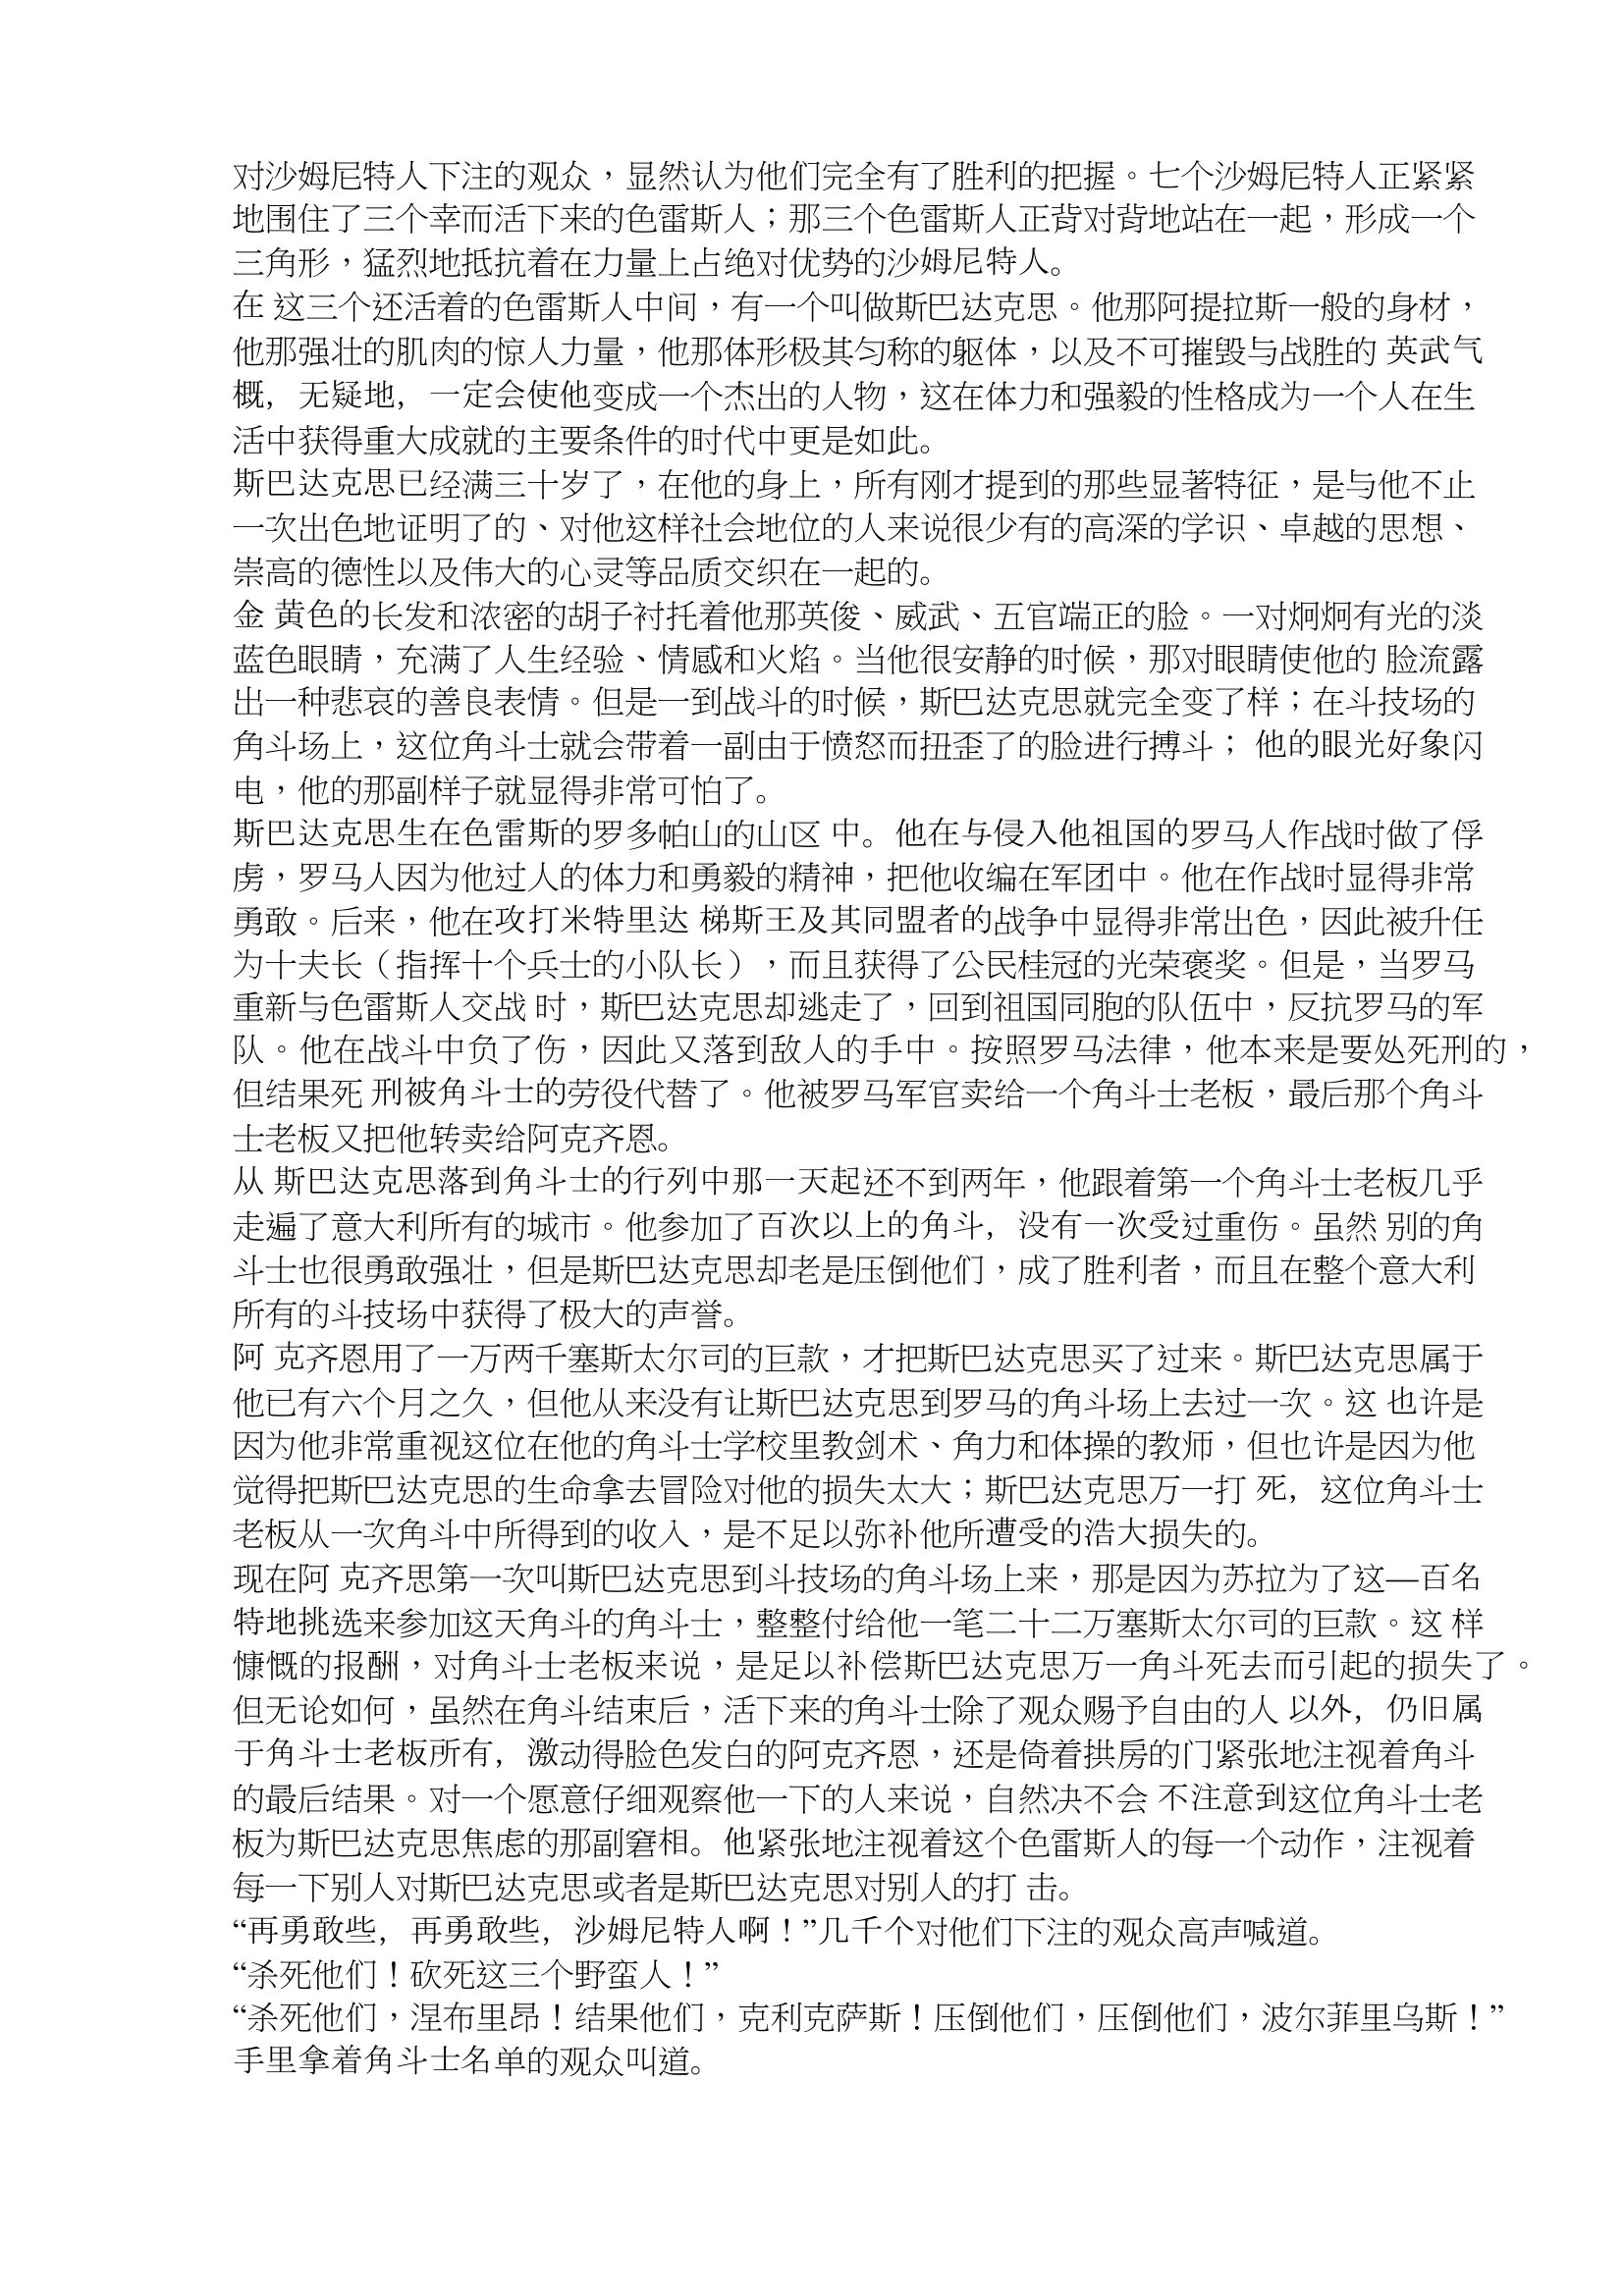
Language: zh